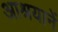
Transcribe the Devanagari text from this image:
आश्रयानें